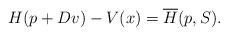
LaTeX: \begin{align*}H(p+Dv)-V(x)=\overline H(p,S) .\end{align*}